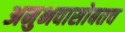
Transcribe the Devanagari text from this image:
अनुभवासोबतच